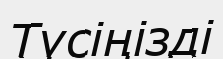
Түсіңізді